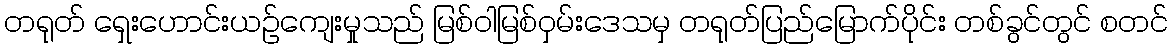
တရုတ် ရှေးဟောင်းယဉ်ကျေးမှုသည် မြစ်ဝါမြစ်ဝှမ်းဒေသမှ တရုတ်ပြည်မြောက်ပိုင်း တစ်ခွင်တွင် စတင်